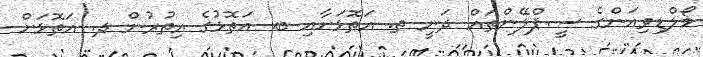
މޯލްޑިވިއަންގެ ސީޕްލޭންތައް ދަނީ ތ. އަތޮޅަށާއި ބ. އަތޮޅުގެ އިތުރުން ދ. އަތޮޅަށް